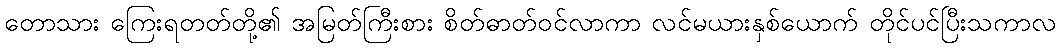
တောသား ကြေးရတတ်တို့၏ အမြတ်ကြီးစား စိတ်ဓာတ်ဝင်လာကာ လင်မယားနှစ်ယောက် တိုင်ပင်ပြီးသကာလ